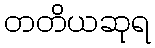
တတိယဆုရ